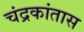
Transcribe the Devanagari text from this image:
चंद्रकांतास